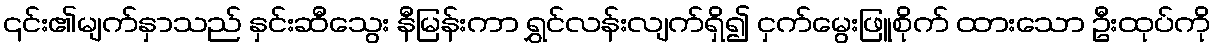
၎င်း၏မျက်နှာသည် နှင်းဆီသွေး နီမြန်းကာ ရွှင်လန်းလျက်ရှိ၍ ငှက်မွေးဖြူစိုက် ထားသော ဦးထုပ်ကို